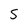
Character: S